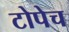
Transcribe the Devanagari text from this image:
टोपेच